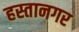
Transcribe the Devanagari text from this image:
हस्तानगर